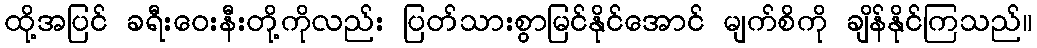
ထို့အပြင် ခရီးဝေးနီးတို့ကိုလည်း ပြတ်သားစွာမြင်နိုင်အောင် မျက်စိကို ချိန်နိုင်ကြသည်။